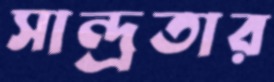
সান্দ্রতার